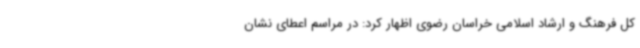
کل فرهنگ و ارشاد اسلامی خراسان رضوی اظهار کرد: در مراسم اعطای نشان